Problem: 32 + 14 = ?
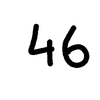
Handwritten answer: 46